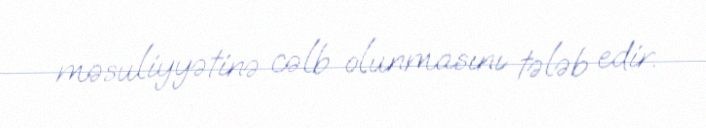
məsuliyyətinə cəlb olunmasını tələb edir.